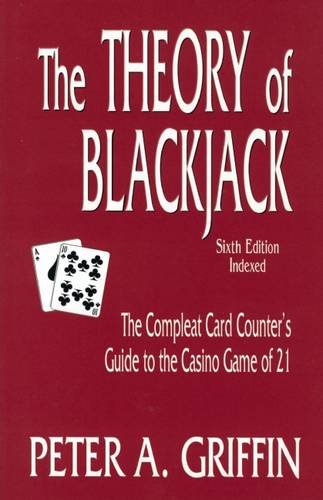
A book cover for The Theory of Blackjack: The Compleat Card Counter's Guide to the Casino Game of 21 (6th Edition, Indexed); Peter A. Griffin; Humor & Entertainment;